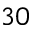
3 0